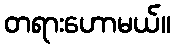
တရားဟောမယ်။